Vaccination in Bombay 1856-1862 - 1856-1862
Year: 1856
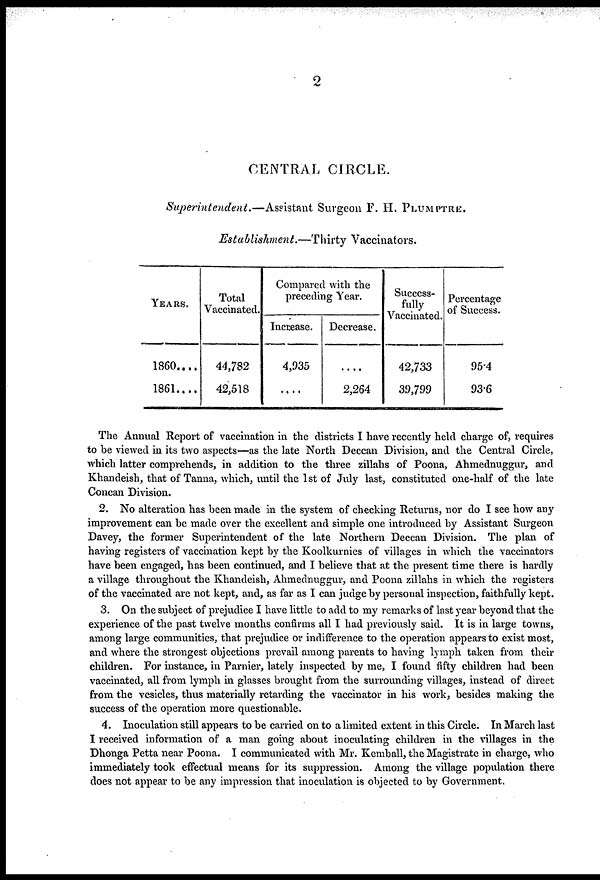
2
CENTRAL CIRCLE.
Superintendent.—Assistant
Surgeon F. H. PLUMPTRE.
Establishment.—Thirty
Vaccinators.
YEARS.
1860....
1861....
Total
Vaccinated.
44,782
42,518
Compared with the
preceding Year.
Increase.
4,935
....
Decrease.
....
2,264
Success-
fully
Vaccinated.
42,733
39,799
Percentage
of Success.
95.4
93.6
The Annual Report of vaccination in the districts I have recently held charge of, requires
to be viewed in its two aspects—as the late North Deccan Division, and the Central Circle,
which latter comprehends, in addition to the three zillahs of Poona, Ahmednuggur, and
Khandeish, that of Tanna, which, until the 1st of July last, constituted one-half of the late
Concan Division.
2. No alteration has been made in the system of checking Returns, nor do I see how any
improvement can be made over the excellent and simple one introduced by Assistant Surgeon
Davey, the former Superintendent of the late Northern Deccan Division. The plan of
having registers of vaccination kept by the Koolkurnies of villages in which the vaccinators
have been engaged, has been continued, and I believe that at the present time there is hardly
a village throughout the Khandeish, Ahmednuggur, and Poona zillahs in which the registers
of the vaccinated are not kept, and, as far as I can judge by personal inspection, faithfully kept.
3. On the subject of prejudice I have little to add to my remarks of last year beyond that the
experience of the past twelve months confirms all I had previously said. It is in large towns,
among large communities, that prejudice or indifference to the operation appears to exist most,
and where the strongest objections prevail among parents to having lymph taken from their
children. For instance, in Parnier, lately inspected by me, I found fifty children had been
vaccinated, all from lymph in glasses brought from the surrounding villages, instead of direct
from the vesicles, thus materially retarding the vaccinator in his work, besides making the
success of the operation more questionable.
4. Inoculation still appears to be carried on to a limited extent in this Circle. In March last
I received information of a man going about inoculating children in the villages in the
Dhonga Petta near Poona. I communicated with Mr. Kemball, the Magistrate in charge, who
immediately took effectual means for its suppression. Among the village population there
does not appear to be any impression that inoculation is objected to by Government.